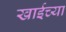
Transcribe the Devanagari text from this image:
खाईच्या